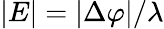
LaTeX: |E|=|\Delta\varphi|/\lambda